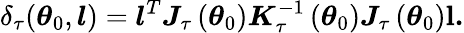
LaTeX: \delta_{\tau}(\boldsymbol{\theta}_{0},\boldsymbol{l})=\boldsymbol{l}^{T}\boldsymbol{J}_{\tau}\left(\boldsymbol{\theta}_{0}\right)\boldsymbol{K}_{\tau}^{-1}\left(\boldsymbol{\theta}_{0}\right)\boldsymbol{J}_{\tau}\left(\boldsymbol{\theta}_{0}\right)\mathbf{l}\boldsymbol{.}